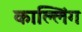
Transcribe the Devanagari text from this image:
काल्लिंग